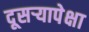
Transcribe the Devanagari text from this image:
दूसर्‍यापेक्षा